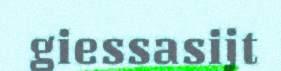
giessasijt